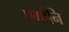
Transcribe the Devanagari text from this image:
एगोनि